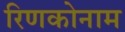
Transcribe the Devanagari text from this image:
रिणकोनाम